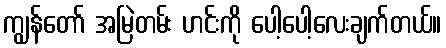
ကျွန်တော် အမြဲတမ်း ဟင်းကို ပေါ့ပေါ့လေးချက်တယ်။